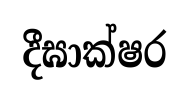
දීඝාක්ෂර